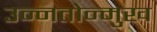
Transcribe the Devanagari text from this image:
उन्नतोन्मुख